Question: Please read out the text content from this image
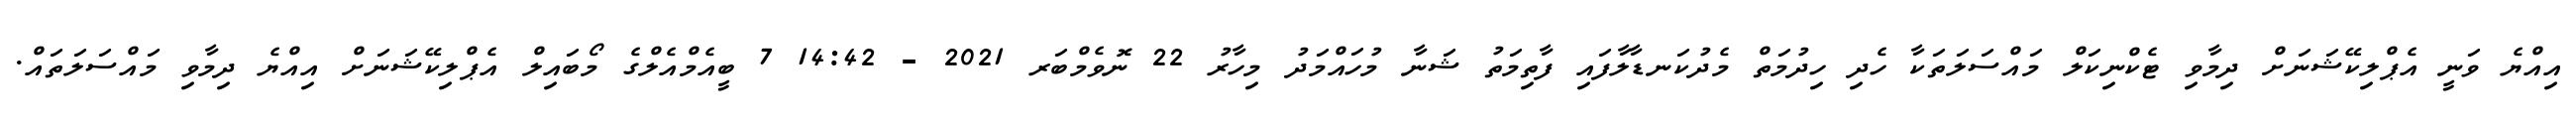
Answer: އިއްޔެ ވަނީ އެޕްލިކޭޝަނަށް ދިމާވި ޓެކްނިކަލް މައްސަލަތަކާ ހެދި ހިދުމަތް މެދުކަނޑާލާފައި ފާތިމަތު ޝަނާ މުހައްމަދު މިހާރު 22 ނޮވެމްބަރ 2021 - 14:42 7 ބީއެމްއެލްގެ މޯބައިލް އެޕްލިކޭޝަނަށް އިއްޔެ ދިމާވި މައްސަލަތައް.